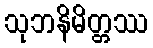
သုဘနိမိတ္တဿ